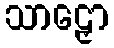
သာဠှော